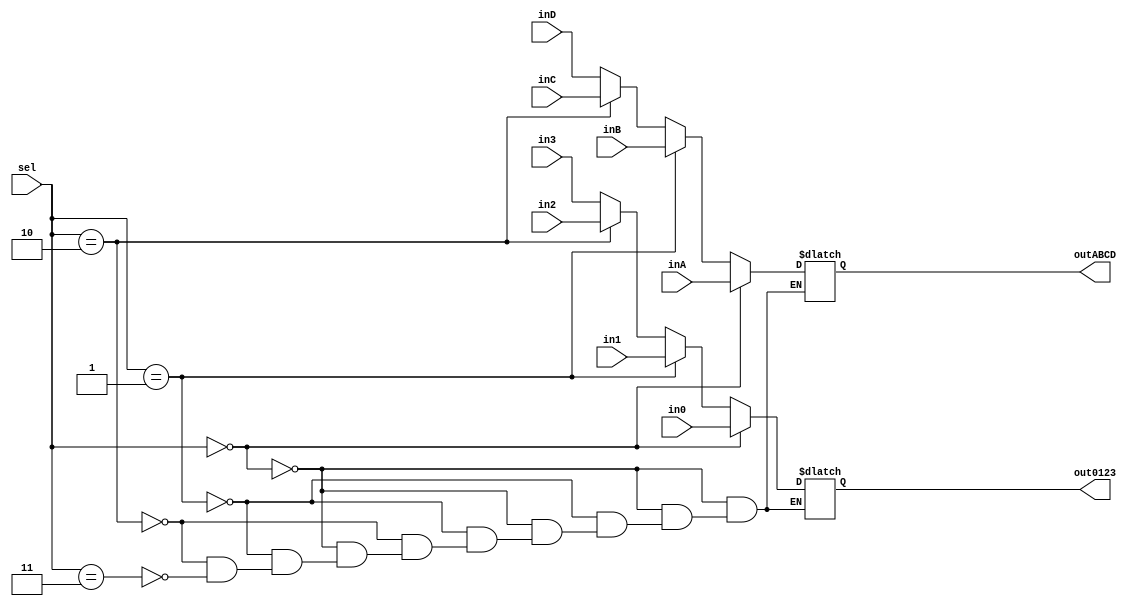
`timescale 1ns / 1ps
//////////////////////////////////////////////////////////////////////////////////
// Company: 
// Engineer: 
// 
// Design Name: 
// Module Name:    mux_2_1_dual 
// Project Name: 
// Target Devices: 
// Tool versions: 
// Description: 
//
// Dependencies: 
//
// Revision: 
// Revision 0.01 - File Created
// Additional Comments: 
//
//////////////////////////////////////////////////////////////////////////////////
module mux_4_1_dual(
	sel, 
	in0, 
	in1, 
	in2, 
	in3, 
	out0123, 
	inA, 
	inB, 
	inC,
	inD,
	outABCD);

	input [1:0] sel;
	input [3:0] in0, in1, inA, inB, in2, in3, inC, inD;
	output [3:0] out0123, outABCD;
	
	reg [3:0] out0123, outABCD;
	
	always @* begin
		if (sel == 0) begin
			out0123 = in0;
			outABCD = inA;
		end
		else if (sel == 1) begin
			out0123 = in1;
			outABCD = inB;
		end
		else if (sel == 2) begin
			out0123 = in2;
			outABCD = inC;
		end
		else if (sel == 3) begin
			out0123 = in3;
			outABCD = inD;
		end
	end
endmodule